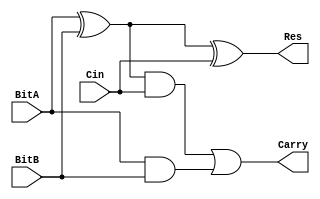
module Fulladder(input 	    BitA,
		 input 	BitB,
		 input 	Cin,
		 output Res,
   		 output Carry);

   wire 		Rx, Ad, AB;
      
   assign	Rx = BitA ^ BitB;
   assign	Res = Rx ^ Cin;
   assign	Ad = Rx & Cin;
   assign	AB = BitA & BitB;
   assign	Carry = Ad | AB;
   
endmodule